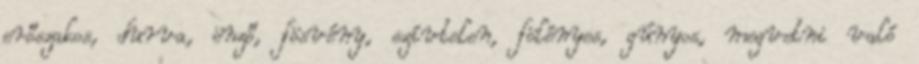
erőszakos, durva, önző, fösvény, szívtelen, fölényes, gúnyos, megvetni való